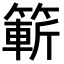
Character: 𮅼